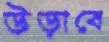
উড়াবে